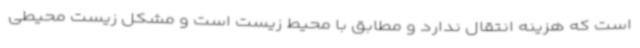
است که هزینه انتقال ندارد و مطابق با محیط زیست است و مشکل زیست محیطی